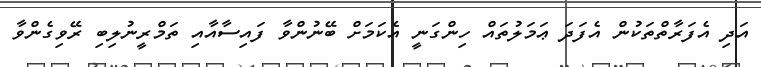
އަދި އެފަރާތްތަކުން އެފަދަ ޢަމަލުތައް ހިންގަނީ އެކަމަށް ބޭނުންވާ ފައިސާއާއި ތަމްރީނުލިބި ރޭވިގެންވާ